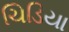
ચિડિયા